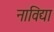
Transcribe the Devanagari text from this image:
नाविद्या